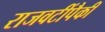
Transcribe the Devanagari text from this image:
राजवटींपैकी